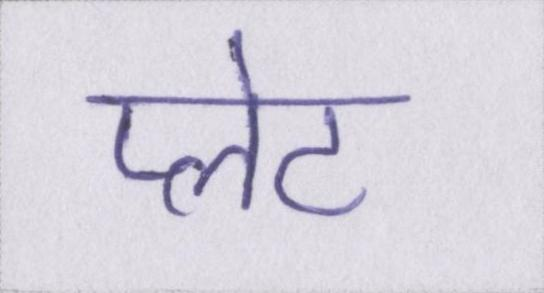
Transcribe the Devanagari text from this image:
प्लेट